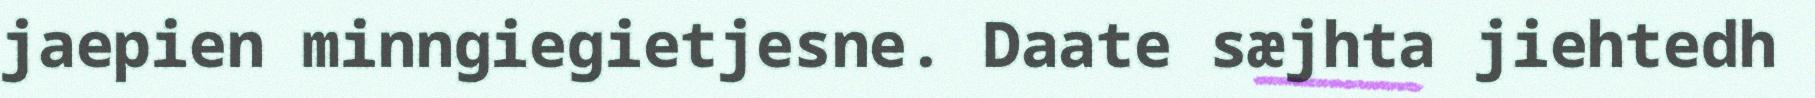
jaepien minngiegietjesne. Daate sæjhta jiehtedh